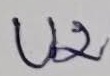
Text: U2